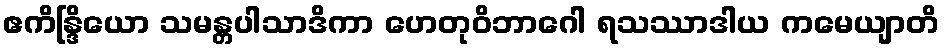
ဧကိန္ဒြိယော သမန္တပါသာဒိကာ ဟေတုဝိဘာဂေါ ရသဿာဒါယ ကမေယျာတိ